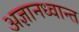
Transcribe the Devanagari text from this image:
अज्ञानध्वान्त